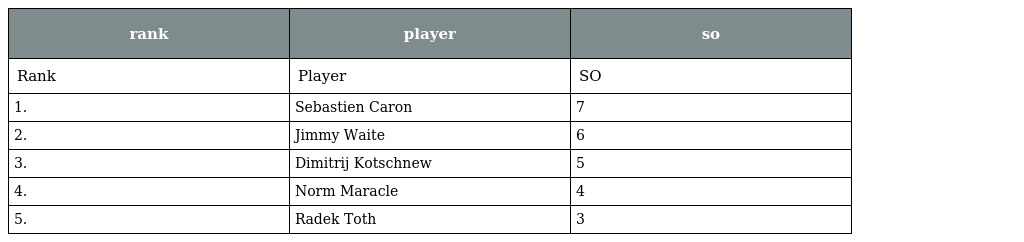
| rank | player | so |
 | --- | --- | --- |
 | Rank | Player | SO |
 | 1. | Sebastien Caron | 7 |
 | 2. | Jimmy Waite | 6 |
 | 3. | Dimitrij Kotschnew | 5 |
 | 4. | Norm Maracle | 4 |
 | 5. | Radek Toth | 3 |